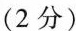
(2分)